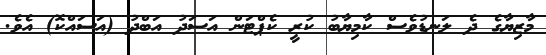
މާޒިޔާގެ ދެ ލަނޑުވެސް ކާމިޔާބު ކުރީ ކެޕްޓަން އަސަދު އަބްދު (އަސައްކޮ) އެވެ.